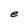
Character: e